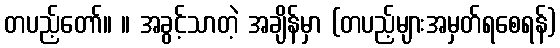
တပည့်တော်။ ။ အခွင့်သာတဲ့ အချိန်မှာ (တပည့်များအမှတ်ရစေရန်)